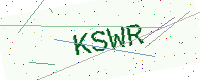
Text: KSWR